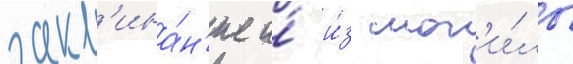
закл'ина́н'ие и́ и́з мог'и́лы